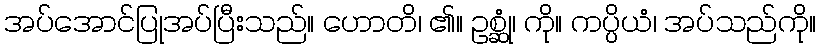
အပ်အောင်ပြုအပ်ပြီးသည်။ ဟောတိ၊ ၏။ ဥစ္ဆုံ၊ ကို။ ကပ္ပိယံ၊ အပ်သည်ကို။